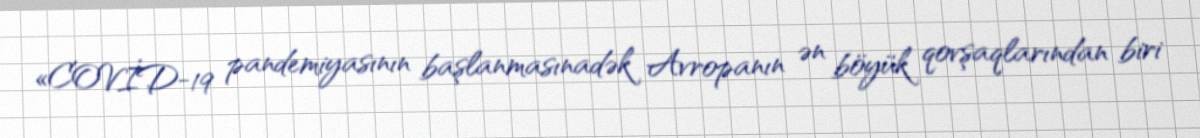
«COVİD-19 pandemiyasının başlanmasınadək Avropanın ən böyük qovşaqlarından biri